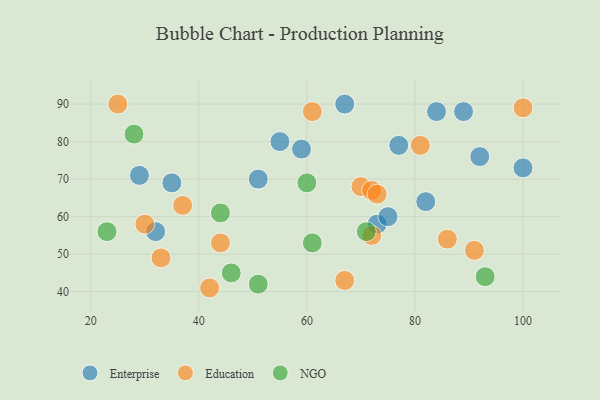
{"axis": {"x": "GDP", "y": "Life Expectancy"}, "legend": ["Education", "Enterprise", "NGO"], "data": [{"x": "89", "y": 88, "type": "Enterprise"}, {"x": "73", "y": 58, "type": "Enterprise"}, {"x": "92", "y": 76, "type": "Enterprise"}, {"x": "75", "y": 60, "type": "Enterprise"}, {"x": "51", "y": 70, "type": "Enterprise"}, {"x": "59", "y": 78, "type": "Enterprise"}, {"x": "77", "y": 79, "type": "Enterprise"}, {"x": "82", "y": 64, "type": "Enterprise"}, {"x": "29", "y": 71, "type": "Enterprise"}, {"x": "84", "y": 88, "type": "Enterprise"}, {"x": "35", "y": 69, "type": "Enterprise"}, {"x": "32", "y": 56, "type": "Enterprise"}, {"x": "100", "y": 73, "type": "Enterprise"}, {"x": "55", "y": 80, "type": "Enterprise"}, {"x": "67", "y": 90, "type": "Enterprise"}, {"x": "70", "y": 68, "type": "Education"}, {"x": "81", "y": 79, "type": "Education"}, {"x": "42", "y": 41, "type": "Education"}, {"x": "72", "y": 67, "type": "Education"}, {"x": "37", "y": 63, "type": "Education"}, {"x": "100", "y": 89, "type": "Education"}, {"x": "67", "y": 43, "type": "Education"}, {"x": "30", "y": 58, "type": "Education"}, {"x": "25", "y": 90, "type": "Education"}, {"x": "33", "y": 49, "type": "Education"}, {"x": "91", "y": 51, "type": "Education"}, {"x": "72", "y": 55, "type": "Education"}, {"x": "61", "y": 88, "type": "Education"}, {"x": "44", "y": 53, "type": "Education"}, {"x": "73", "y": 66, "type": "Education"}, {"x": "86", "y": 54, "type": "Education"}, {"x": "51", "y": 42, "type": "NGO"}, {"x": "46", "y": 45, "type": "NGO"}, {"x": "71", "y": 56, "type": "NGO"}, {"x": "23", "y": 56, "type": "NGO"}, {"x": "61", "y": 53, "type": "NGO"}, {"x": "28", "y": 82, "type": "NGO"}, {"x": "93", "y": 44, "type": "NGO"}, {"x": "44", "y": 61, "type": "NGO"}, {"x": "60", "y": 69, "type": "NGO"}]}